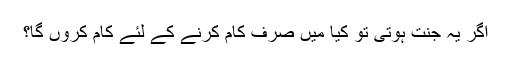
اگر یہ جنت ہوتی تو کیا میں صرف کام کرنے کے لئے کام کروں گا؟